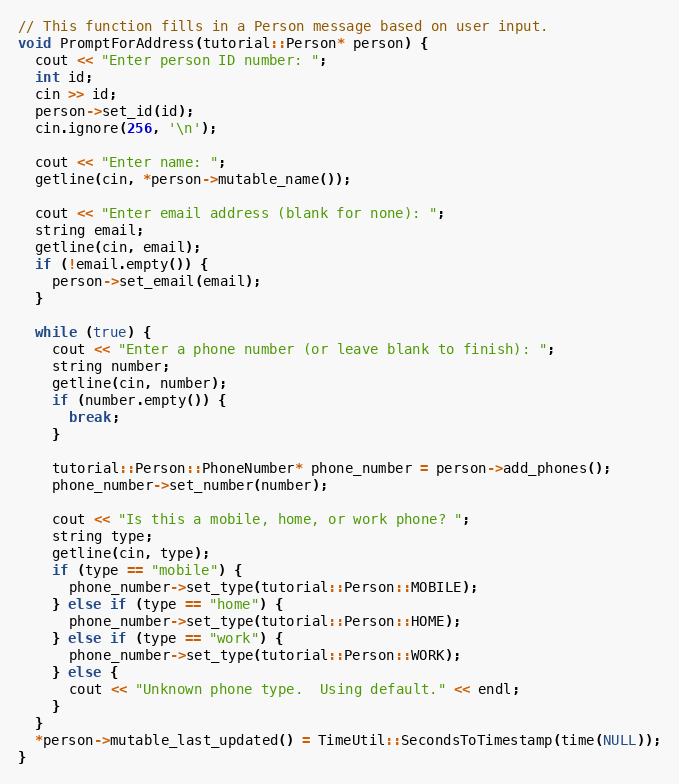
Language: C++
// This function fills in a Person message based on user input.
void PromptForAddress(tutorial::Person* person) {
  cout << "Enter person ID number: ";
  int id;
  cin >> id;
  person->set_id(id);
  cin.ignore(256, '\n');

  cout << "Enter name: ";
  getline(cin, *person->mutable_name());

  cout << "Enter email address (blank for none): ";
  string email;
  getline(cin, email);
  if (!email.empty()) {
    person->set_email(email);
  }

  while (true) {
    cout << "Enter a phone number (or leave blank to finish): ";
    string number;
    getline(cin, number);
    if (number.empty()) {
      break;
    }

    tutorial::Person::PhoneNumber* phone_number = person->add_phones();
    phone_number->set_number(number);

    cout << "Is this a mobile, home, or work phone? ";
    string type;
    getline(cin, type);
    if (type == "mobile") {
      phone_number->set_type(tutorial::Person::MOBILE);
    } else if (type == "home") {
      phone_number->set_type(tutorial::Person::HOME);
    } else if (type == "work") {
      phone_number->set_type(tutorial::Person::WORK);
    } else {
      cout << "Unknown phone type.  Using default." << endl;
    }
  }
  *person->mutable_last_updated() = TimeUtil::SecondsToTimestamp(time(NULL));
}